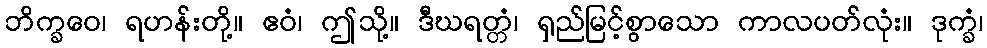
ဘိက္ခဝေ၊ ရဟန်းတို့။ ဧဝံ၊ ဤသို့။ ဒီဃရတ္တံ၊ ရှည်မြင့်စွာသော ကာလပတ်လုံး။ ဒုက္ခံ၊